Senior Leaving Certificate Examination (including Day School Certificate (Higher) General paper), 1946
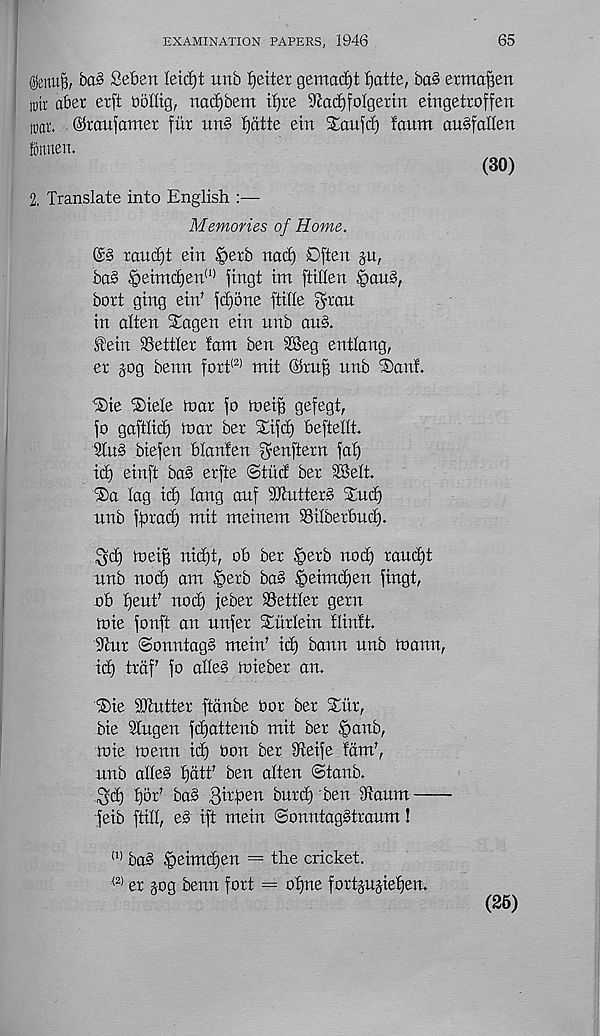
EXAMINATION PAPERS, 1946
65
$ertUB, ba§ Seben Ieid)t unb Reiter gemadjt f)atte, ba§ erma^en
ro ir abet erft bolltg, nac£)bem tf)re 9iacf)folgerm eirtgetroffen
tuar. .©raufamer fiir iin§ tjatte ein Saufd) laum au§falien
fonnen.
2, Translate into English :—
Memories of Home.
(30)
raud)t ein £>erb nat^ Dften ju,
ba§ §eimd)en (1) fingt tm ftillen §au§,
bort ging ein’ fd)5ne ftille gran
in alien STagen ein nnb an§.
fein Settler !am ben 28eg entlang,
er jog benn fort (2) mit ©xn^ nnb ®anf.
®ie ®iele mar fo tneiB gefegt,
fo gaftlid) max bex Xifd) beftellt.
3lu§ btefen blanfen $enftexn fat)
id) einft ba§ exfte (Stud bex TBelt.
®a lag id) lang anf 9Jluttex§ Sind)
nnb faxad) mit metnem Silbexbud).
^d) mei^ nid)t, ob bex Igexb noc^ xand)t
nnb nod) am §exb ba§ .&eimd)en fingt,
ob tjenf nod) jebex Settlex gexn
mie fonft an unfex Xitxlein tlinft.
Dinx <Sonntag§ mein’ id) bann unb mann,
id) txaf fo alles miebex an.
iSie SEuttex ftdnbe box bex S£ux,
bie TIugen fdjattenb mit bex Ipanb,
mie menn id) bon bex Qfieife fam’,
unb alle§ tjatt' ben alten (Stanb.
^d) fjbx' ba§ Bu'Ten bnxd) ben Slaum —
feib ftill, e§ ift mein ©onntagStxaum!
(1) ba§ §eimd)en = the cricket.
:{2) ex jog benn foxt = oljne foxtjnjiefjen.